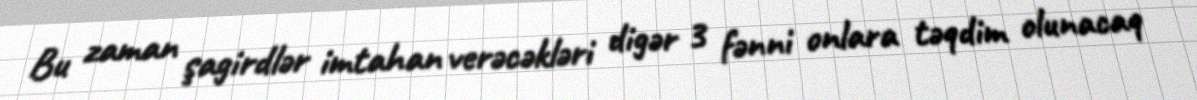
Bu zaman şagirdlər imtahan verəcəkləri digər 3 fənni onlara təqdim olunacaq